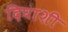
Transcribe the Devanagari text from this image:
दिघाशी